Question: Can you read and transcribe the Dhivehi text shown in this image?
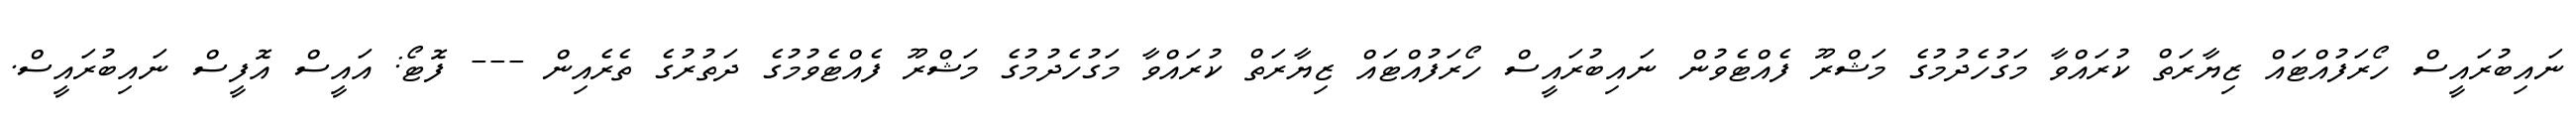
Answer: ނައިބުރައީސް ހޯރަފުއްޓައް ޒިޔާރަތް ކުރައްވާ މަގުހެދުމުގެ މަޝްރޫ ފެއްޓެވުން ނައިބުރައީސް ހޯރަފުއްޓައް ޒިޔާރަތް ކުރައްވާ މަގުހެދުމުގެ މަޝްރޫ ފެއްޓެވުމުގެ ދަތުރުގެ ތެރެއިން --- ފޮޓޯ: އައީސް އޮފީސް ނައިބުރައީސް.